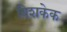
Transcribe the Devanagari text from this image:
बिशकेक